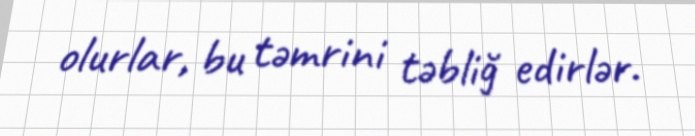
olurlar, bu təmrini təbliğ edirlər.